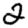
Digit: 2